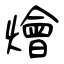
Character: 燴